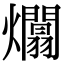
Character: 𤒻